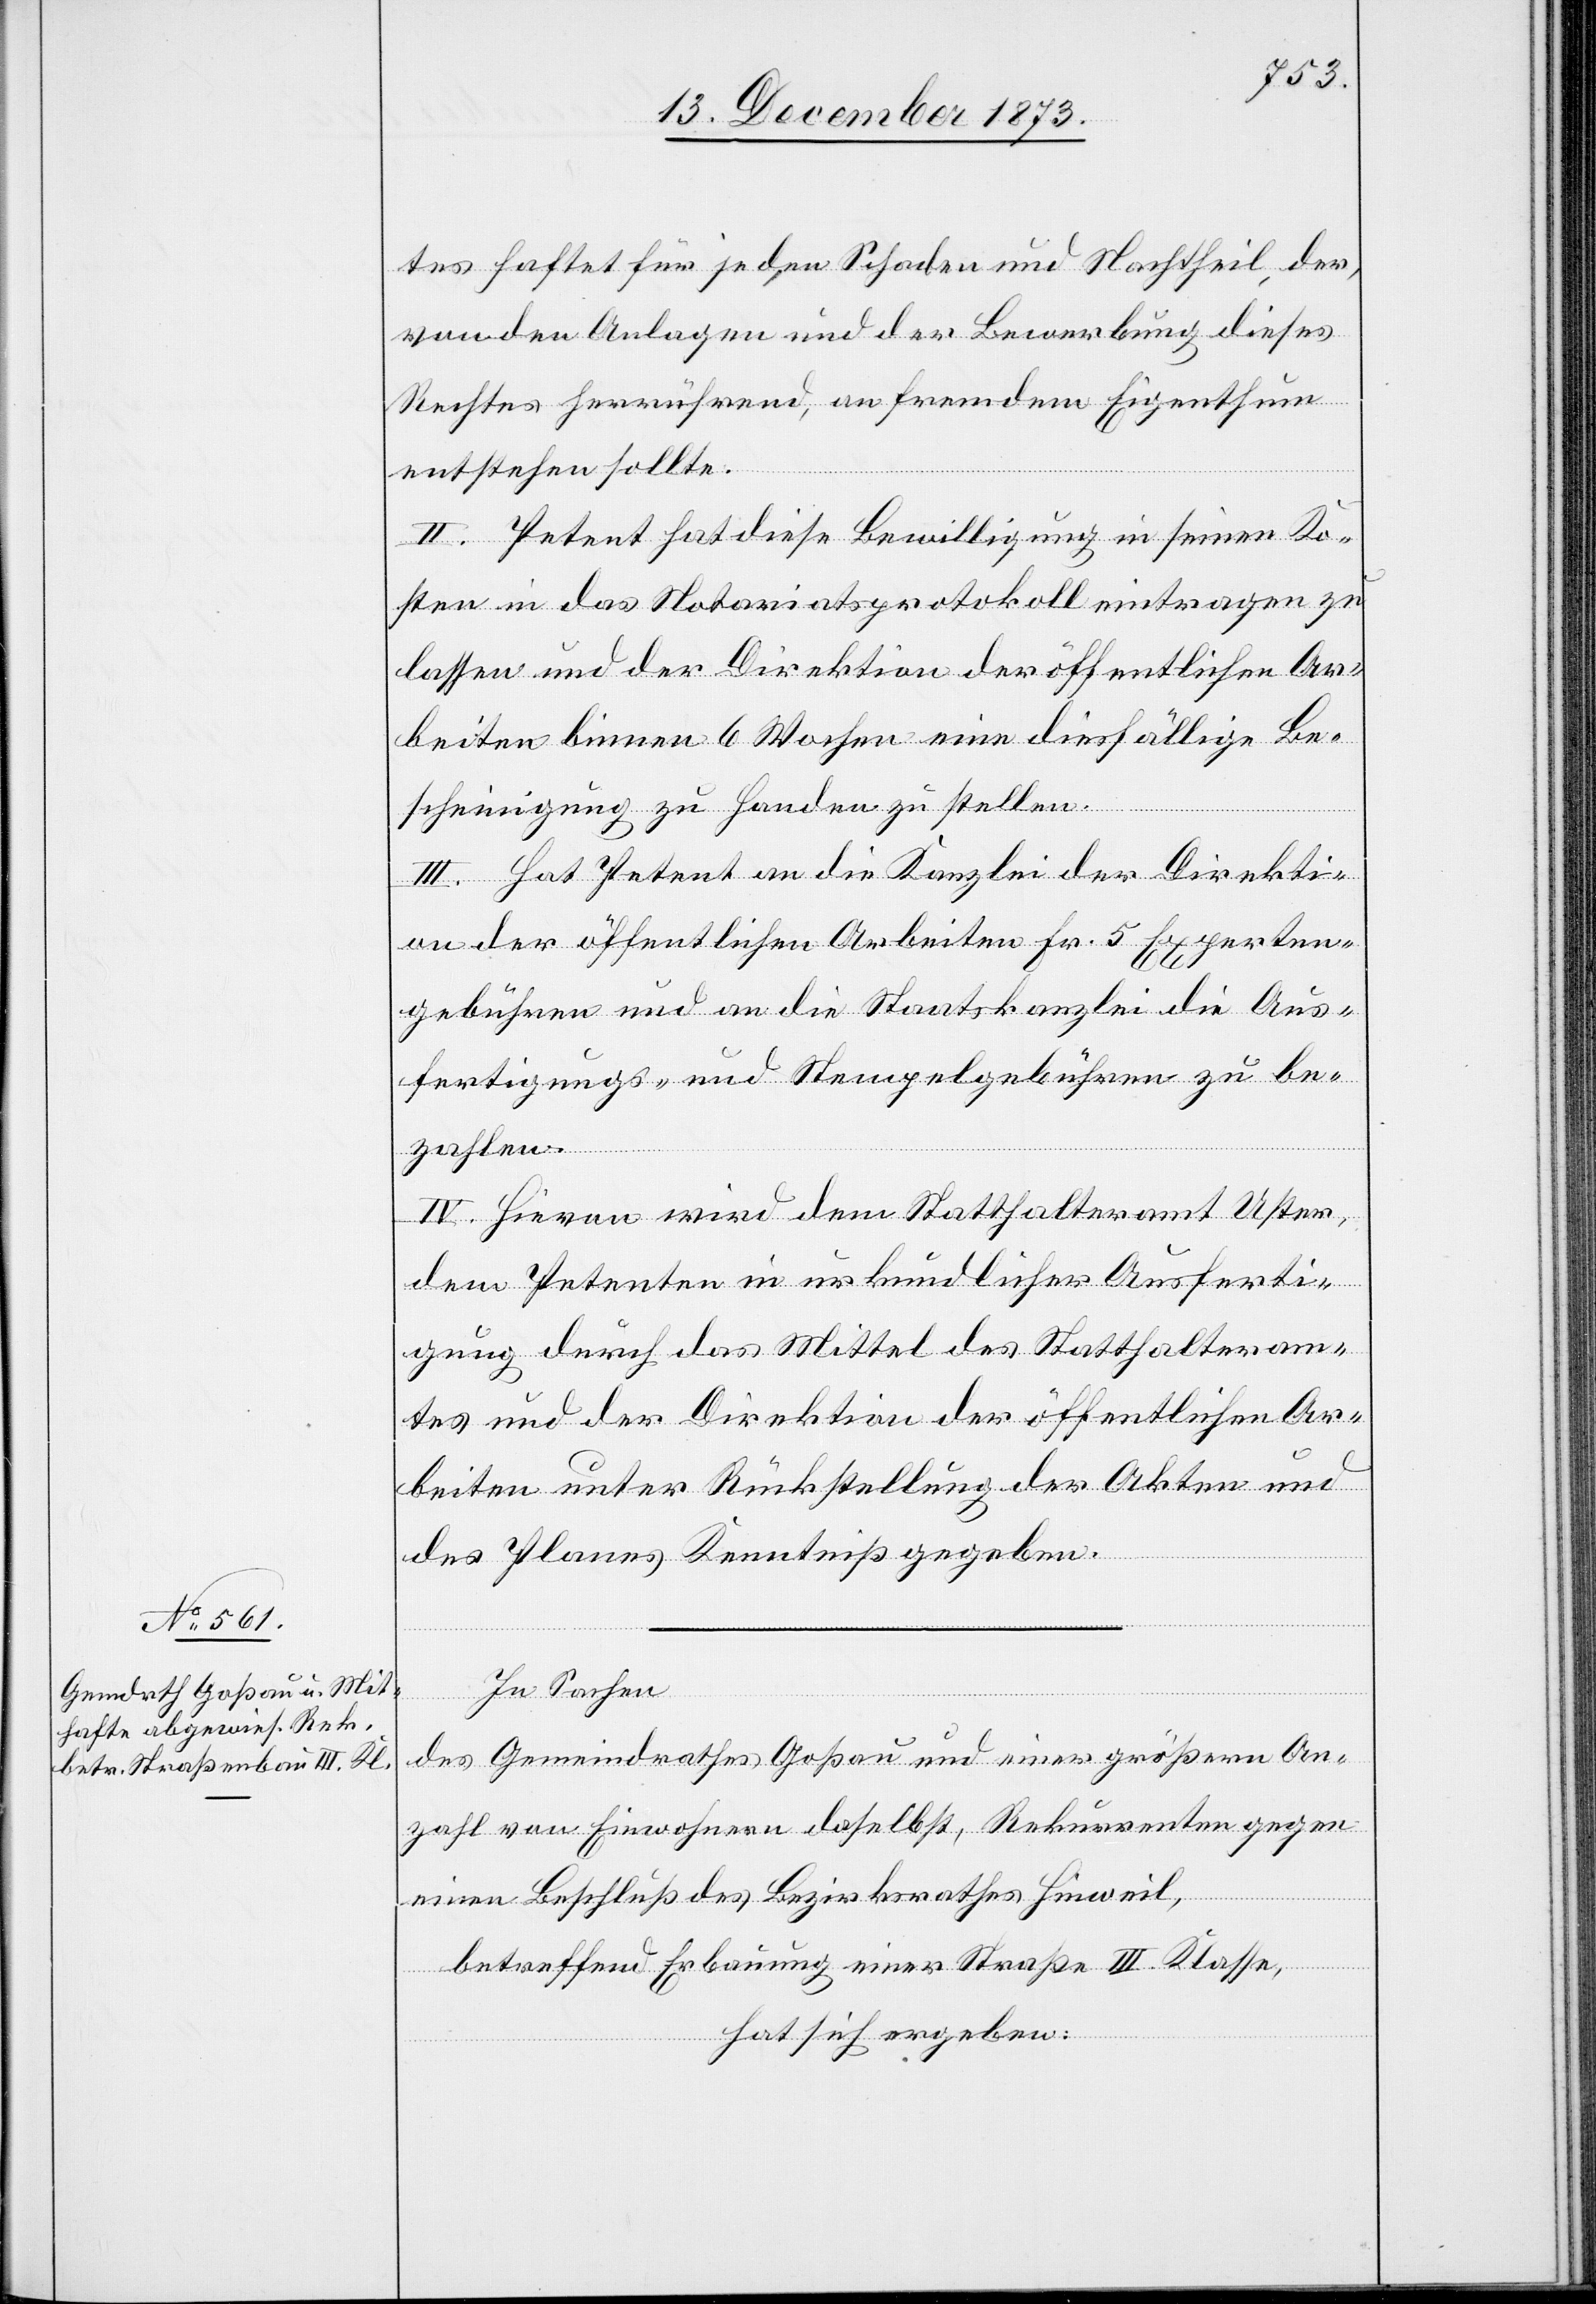
tes haftet für jeden Schaden und Nachtheil, der,
von den Anlagen und der Bewerbung dieses
Rechtes herrührend, an fremdem Eigenthum
entstehen sollte.
II. Petent hat diese Bewilligung in seinen Ko¬
sten in das Notariatsprotokoll eintragen zu
lassen und der Direktion der öffentlichen Ar¬
beiten binnen 6 Wochen eine diesfällige Be¬
scheinigung zu Handen zu stellen.
III. Hat Petent an die Kanzlei der Direkti¬
on der öffentlichen Arbeiten Fr. 5 Experten¬
gebühren und an die Staatskanzlei die Aus¬
fertigungs- und Stempelgebühren zu be¬
zahlen.
IV. Hievon wird dem Statthalteramt Uster,
dem Petenten in urkundlicher Ausferti¬
gung durch das Mittel des Statthalteram¬
tes und der Direktion der öffentlichen Ar¬
beiten unter Rückstellung der Akten und
des Planes Kenntniß gegeben.
In Sachen
des Gemeindrathes Goßau und einer größern An¬
zahl von Einwohnern daselbst, Rekurrenten gegen
einen Beschluß des Bezirksrathes Hinweil,
betreffend Erbauung einer Straße III. Klasse,
hat sich ergeben: